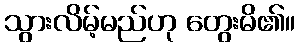
သွားလိမ့်မည်ဟု တွေးမိ၏။